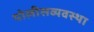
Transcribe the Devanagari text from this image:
पोलीसव्यवस्था